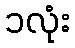
၁လုံး